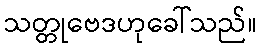
သတ္တုဗေဒဟုခေါ်သည်။